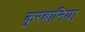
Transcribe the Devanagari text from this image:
कुरबानिया